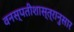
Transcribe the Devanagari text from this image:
वनस्पतीशास्त्रानुसार